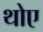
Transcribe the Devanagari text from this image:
थोए